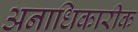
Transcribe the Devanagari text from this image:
अनाधिकारीक